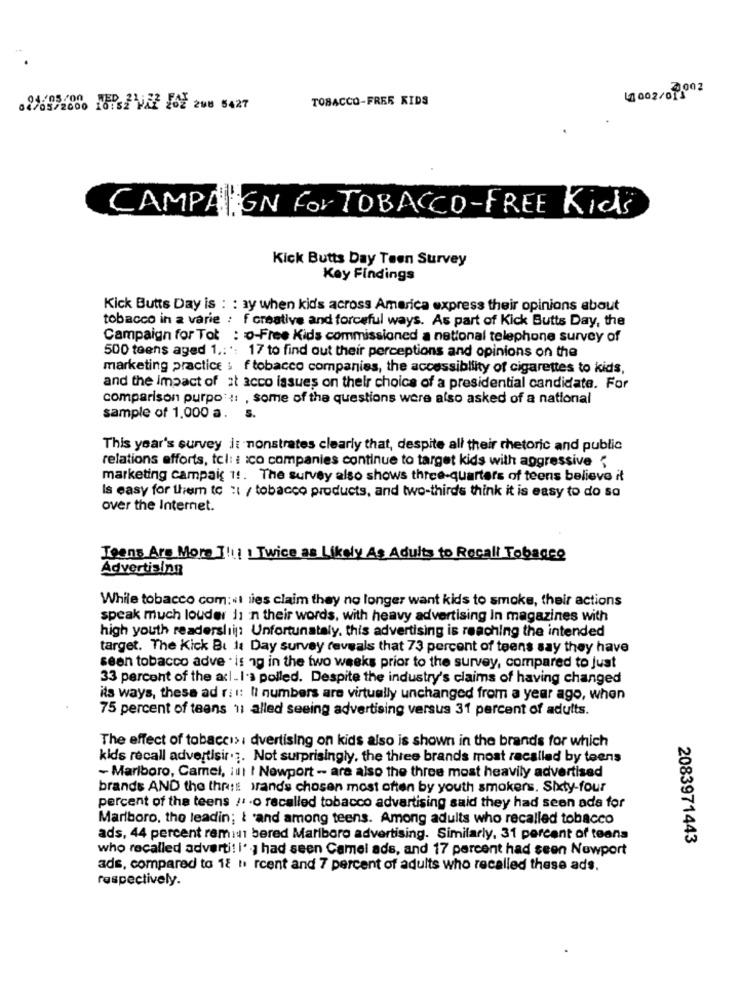
TOBACCO-FREE KIDS
41002/09
CAMPAIGN For TOBACCO-FREE Kids
Kick Butts Day Teen Survey
Key Findings
Kick Butts Day is : : ay when kids across America express their opinions about
tobacco in a varie : f creative and forceful ways. As part of Kick Butts Day, the
Campaign for Tot : o-Free Kids commissioned a national telephone survey of
500 teens aged 1 .: ': 17 to find out their perceptions and opinions on the
marketing practice : f tobacco companies, the accessibility of cigarettes to kids,
and the Impact of at acco issues on their choice of a presidential candidate. For
comparison purpo: :: , some of the questions were also asked of a national
sample of 1.000 a .
S.
This year's survey it nonstrates clearly that, despite all their rhetoric and public
relations efforts, tcl: : co companies continue to target kids with aggressive "
marketing campaig 1 !. The survey also shows three-quarters of teens believe it
Is easy for them to :1 / tobacco products, and two-thirds think it is easy to do so
over the Internet.
Teens Are More !!! ! Twice as Likely As Adults to Recall Tobacco
Advertising
While tobacco com:«I lies claim they no longer want kids to smoke, their actions
speak much louder 11 in their words, with heavy advertising In magazines with
high youth readerslii: Unfortunately, this advertising is reaching the intended
target. The Kick Bu 11 Day survey reveals that 73 percent of teens say they have
seen tobacco adve . is ng in the two weeks prior to the survey, compared to Just
33 percent of the acl. I.s polled. Despite the industry's claims of having changed
its ways, these ad rit: Il numbers are virtually unchanged from a year ago, when
75 percent of teens 1; alled seeing advertising versus 31 percent of adults.
The effect of tobacco> : dvertising on kids also is shown in the brands for which
kids recall advertisir .;. Not surprisingly, the three brands most racalled by teens
- Marlboro, Camel, i !! ! Newport - are also the three most heavily advertised
brands AND the thrss wrands chosen most often by youth smokers. Sixty-four
percent of the teens /. . o recalled tobacco advertising said they had seen ada for
Marlboro, the leadin; & 'and among teens. Among adults who recalled tobacco
ads, 44 percent rem:1 bered Marlboro advertising. Similarly, 31 percent of teens
2083971443
who recalled adverti! i' , had seen Camel ads, and 17 percent had seen Nowport
ads, compared to 18 h rcent and 7 percent of adults who recalled these ads.
respectively.